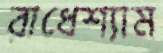
রাধেশ্যাম